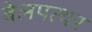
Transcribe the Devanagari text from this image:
बेलपत्थर